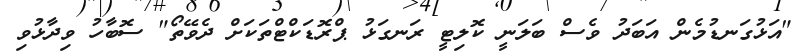
"އަޅުގަނޑުމެން އަބަދު ވެސް ބަލަނީ ކޮލިޓީ ރަނގަޅު ޕްރޮޑަކްޓްތަކަށް ދެވޭތޯ" ސޮބާހު ވިދާޅުވި